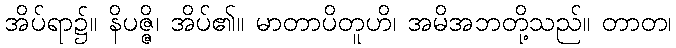
အိပ်ရာ၌။ နိပဇ္ဇိ၊ အိပ်၏။ မာတာပိတူဟိ၊ အမိအဘတို့သည်။ တာတ၊